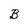
Character: B